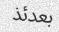
بعدئذ